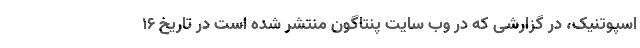
اسپوتنیک، در گزارشی که در وب سایت پنتاگون منتشر شده است در تاریخ ۱۶